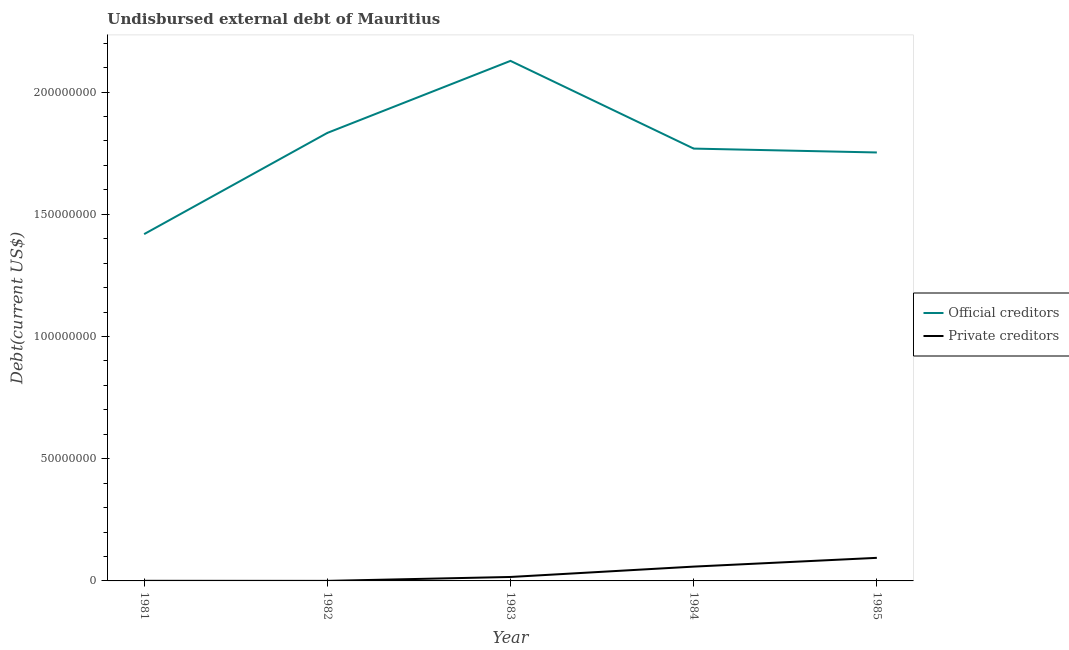
| Year | Official creditors | Private creditors |
 | --- | --- | --- |
 | 1981 | 1.42e+08 | 4.6e+04 |
 | 1982 | 1.83e+08 | 1.9e+04 |
 | 1983 | 2.13e+08 | 1.62e+06 |
 | 1984 | 1.77e+08 | 5.86e+06 |
 | 1985 | 1.75e+08 | 9.44e+06 |